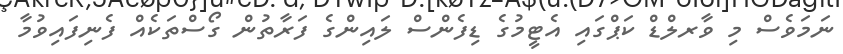
ނަމަވެސް މި ވާރލްޑް ކަޕްގައި އެޓީމުގެ ޑިފެންސް ލައިންގެ ފަރާތުން ގޯސްތަކެއް ފެނިފައިވުމާ